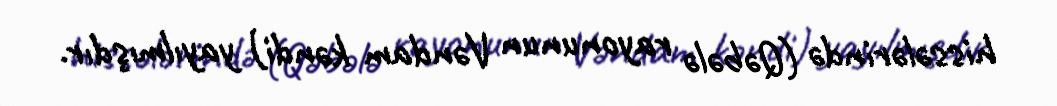
hissələrində (Qəbələ rayonunun Vəndam kəndi) yayılmışdır.